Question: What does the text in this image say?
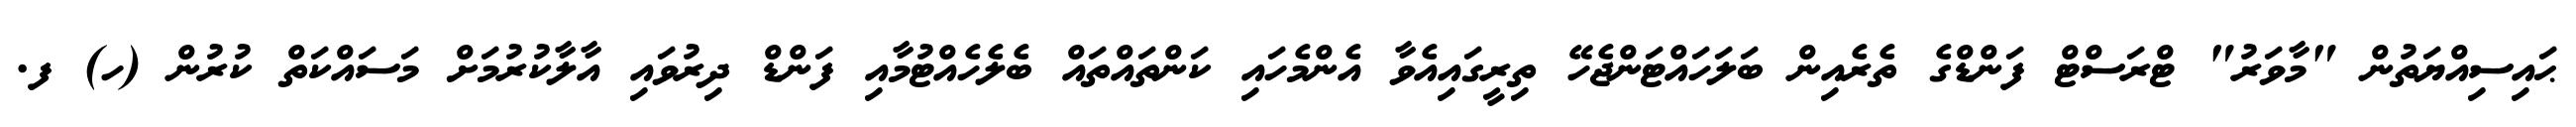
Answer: ޙައިސިއްޔަތުން "މާވަރު" ޓްރަސްޓް ފަންޑްގެ ތެރެއިން ބަލަހައްޓަންޖެހޭ ތިރީގައިއެވާ އެންމެހައި ކަންތައްތައް ބެލެހެއްޓުމާއި ފަންޑް ދިރުވައި އާލާކުރުމަށް މަސައްކަތް ކުރުން (ހ) ފ.